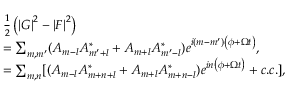
\begin{array} { r l } & { \frac { 1 } { 2 } \left( \left\vert G \right\vert ^ { 2 } - \left\vert F \right\vert ^ { 2 } \right) } \\ & { = \sum _ { m , m ^ { \prime } } ( A _ { m - l } A _ { m ^ { \prime } + l } ^ { \ast } + A _ { m + l } A _ { m ^ { \prime } - l } ^ { \ast } ) e ^ { i \left( m - m ^ { \prime } \right) \left( \phi + \Omega t \right) } , } \\ & { = \sum _ { m , n } [ ( A _ { m - l } A _ { m + n + l } ^ { \ast } + A _ { m + l } A _ { m + n - l } ^ { \ast } ) e ^ { i n \left( \phi + \Omega t \right) } + c . c . ] , } \end{array}